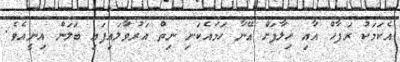
އެކަމަކު ރަފާހް އާއި ޚިލާފަށް އޭނާ ހަމައެކަނި ނިތް އަރުވާލައިފައި ބަލަން އިނީއެވެ.